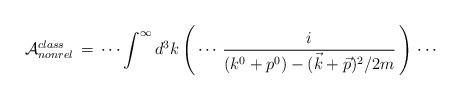
LaTeX: \begin{align*} {\cal{A}}^{class}_{nonrel}\,=\,\cdots\int^\infty d^3 k\left(\,\cdots\,\frac{i}{(k^0+p^0)-(\vec{k}+\vec{p})^2/2m }\, \right)\,\cdots\end{align*}